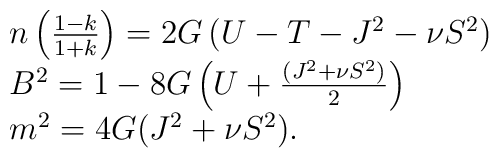
\begin{array}{ll}n\left(\frac{1-k}{1+k}\right) = 2G\left( U - T - J^2 - \nu S^2\right)\\B^2= 1-8G\left(U + \frac{(J^2 + \nu S^2)}{2}\right)\\m^2= 4G(J^2 + \nu S^2).\end{array}